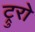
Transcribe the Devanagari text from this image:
ट्रुरो